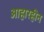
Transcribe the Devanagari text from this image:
आहारहीन